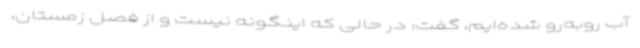
آب روبه‌رو شده‌ایم، گفت: در حالی که اینگونه نیست و از فصل زمستان،